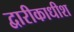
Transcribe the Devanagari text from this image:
द्वारीकाधीश